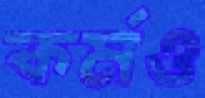
কর্মও